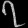
Digit: ၇